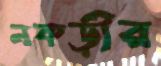
নকড়ীর